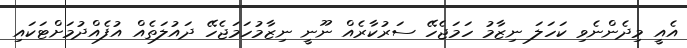
އެއީ މިދެންނެވި ކަހަލަ ނިޒާމު ހަމަޖެހޭ ސަރުކާރެއް ނޫނީ ނިޒާމުހަމަޖެހޭ ދައުލަތެއް އުފެއްދުމަށްޓަކައި